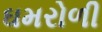
ઘમરોળી